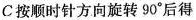
C按顺时针方向旋转90°后得